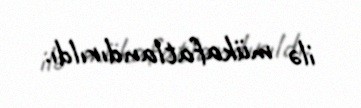
ilə mükafatlandırıldı.